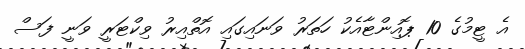
އެ ޓީމުގެ 10 ޕޮއިންޓާއެކު ހަތަރު ވަނައިގައި އޮތްއިރު ވިކްޓަރީ ވަނީ ފަސް